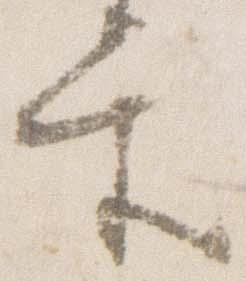
当